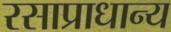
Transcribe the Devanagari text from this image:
रसाप्राधान्य